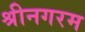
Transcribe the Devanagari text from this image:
श्रीनगरम